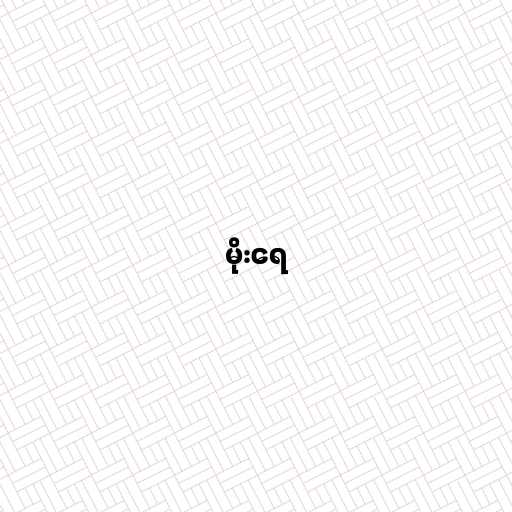
မိုးရေ